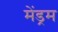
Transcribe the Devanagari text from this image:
मेंड्रम